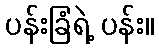
ပန်းခြံရဲ့ ပန်း။